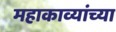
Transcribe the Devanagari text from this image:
महाकाव्यांच्या